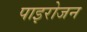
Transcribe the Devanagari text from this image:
पाइरोजन